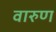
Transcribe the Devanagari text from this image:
वारुण